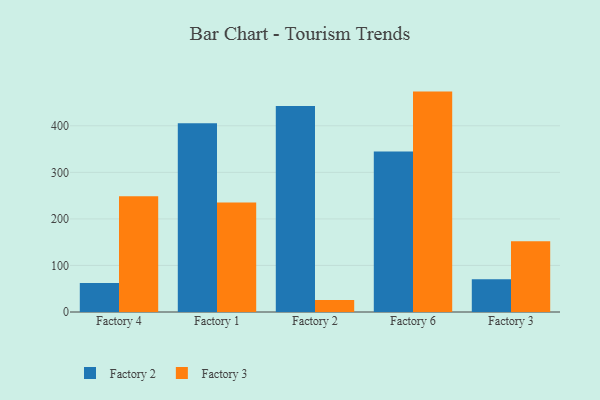
{"axis": {"x": "Factory", "y": "Revenue (USD Million)"}, "legend": ["Factory 2", "Factory 3"], "data": [{"x": "Factory 4", "y": 62.1, "type": "Factory 2"}, {"x": "Factory 4", "y": 248.6, "type": "Factory 3"}, {"x": "Factory 1", "y": 405.4, "type": "Factory 2"}, {"x": "Factory 1", "y": 235.3, "type": "Factory 3"}, {"x": "Factory 2", "y": 442.4, "type": "Factory 2"}, {"x": "Factory 2", "y": 25.7, "type": "Factory 3"}, {"x": "Factory 6", "y": 344.9, "type": "Factory 2"}, {"x": "Factory 6", "y": 473.5, "type": "Factory 3"}, {"x": "Factory 3", "y": 70.5, "type": "Factory 2"}, {"x": "Factory 3", "y": 152.2, "type": "Factory 3"}]}